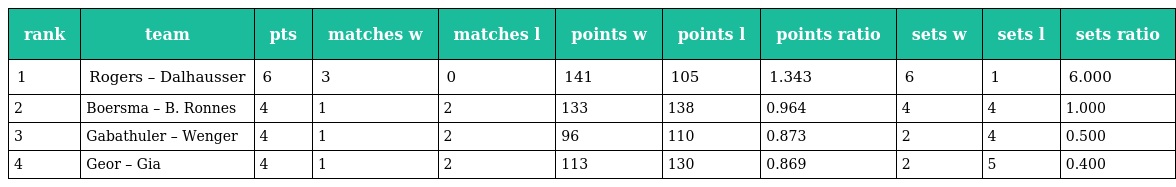
| rank | team | pts | matches w | matches l | points w | points l | points ratio | sets w | sets l | sets ratio |
 | --- | --- | --- | --- | --- | --- | --- | --- | --- | --- | --- |
 | 1 | Rogers – Dalhausser | 6 | 3 | 0 | 141 | 105 | 1.343 | 6 | 1 | 6.000 |
 | 2 | Boersma – B. Ronnes | 4 | 1 | 2 | 133 | 138 | 0.964 | 4 | 4 | 1.000 |
 | 3 | Gabathuler – Wenger | 4 | 1 | 2 | 96 | 110 | 0.873 | 2 | 4 | 0.500 |
 | 4 | Geor – Gia | 4 | 1 | 2 | 113 | 130 | 0.869 | 2 | 5 | 0.400 |